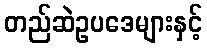
တည်ဆဲဥပဒေများနှင့်